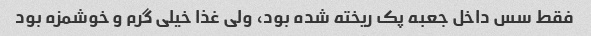
فقط سس داخل جعبه پک ریخته شده بود، ولی غذا خیلی گرم و خوشمزه بود